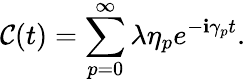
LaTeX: \mathcal{C}(t)=\sum_{p=0}^{\infty}\lambda\eta_{p}e^{-\mathbf{i}\gamma_{p}t}.